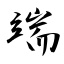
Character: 端